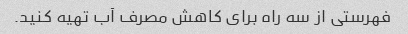
فهرستی از سه راه برای کاهش مصرف آب تهیه کنید.